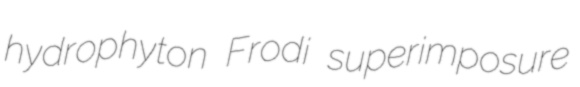
hydrophyton Frodi superimposure